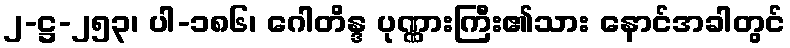
၂-ဋ္ဌ-၂၅၃၊ ပါ-၁၈၆၊ ဂေါတိန္ဒ ပုဏ္ဏားကြီး၏သား နောင်အခါတွင်